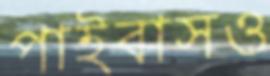
পাইবাসও